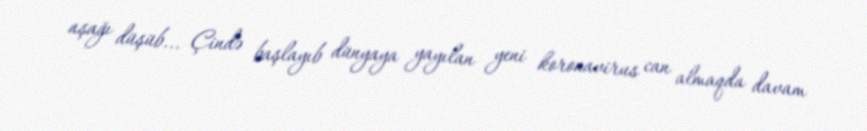
aşağı düşüb... Çində başlayıb dünyaya yayılan yeni koronavirus can almaqda davam